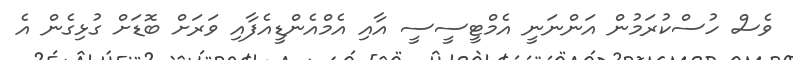
ވެސް ހުސްކުރަމުން އަންނަނީ އެމްޓީސީސީ އާއި އެމްއެންޑީއެފާއި ވަރަށް ބޮޑަށް ގުޅިގެން އެ